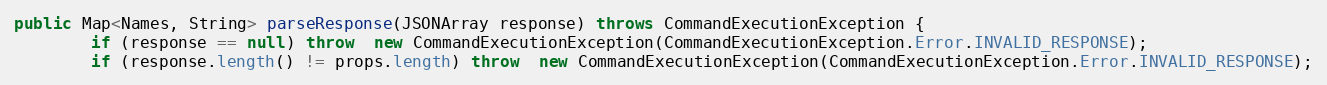
Language: Java
public Map<Names, String> parseResponse(JSONArray response) throws CommandExecutionException {
        if (response == null) throw  new CommandExecutionException(CommandExecutionException.Error.INVALID_RESPONSE);
        if (response.length() != props.length) throw  new CommandExecutionException(CommandExecutionException.Error.INVALID_RESPONSE);